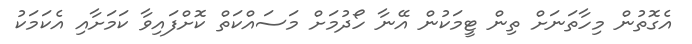
އެގޮތުން މިހާތަނަށް ތިން ޓީމަކުން އޭނާ ހޯދުމަށް މަސައްކަތް ކޮށްފައިވާ ކަމަށާއި އެކަމަކު